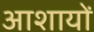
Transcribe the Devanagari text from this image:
आशायों